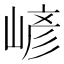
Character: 嵃